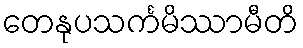
တေနုပသင်္ကမိဿာမီတိ